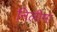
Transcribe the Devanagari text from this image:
निलीमा